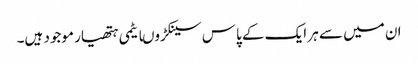
ان میں سے ہر ایک کے پاس سینکڑوںایٹمی ہتھیار موجود ہیں۔